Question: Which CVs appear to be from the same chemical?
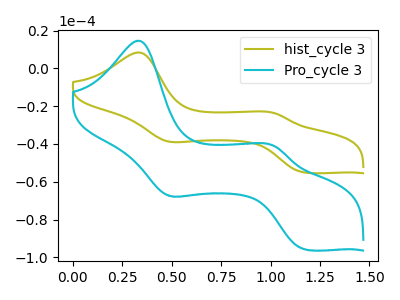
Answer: <think>The olive curve "hist_cycle 3" has anodic peaks at (0.35V, 8.45uA) (1.00V, -23.60uA) and cathodic peaks at (0.50V, -38.65uA) (1.20V, -55.15uA). The cyan curve "Pro_cycle 3" has anodic peaks at (0.35V, 14.70uA) (1.00V, -41.05uA) and cathodic peaks at (0.50V, -67.20uA) (1.20V, -95.85uA).
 All the peaks in "hist_cycle 3" have a peak in "Pro_cycle 3" at the same potential.</think>
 <answer>"Pro_cycle 3" and "hist_cycle 3" have the same shape and are likely CV's of the same chemical.</answer>
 <eval>"Pro_cycle 3" "hist_cycle 3"</eval>